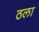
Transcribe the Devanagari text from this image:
ठला